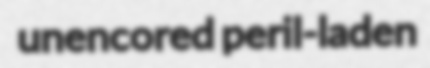
unencored peril-laden